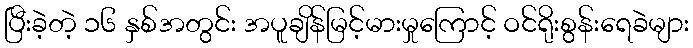
ပြီးခဲ့တဲ့ ၁၆ နှစ်အတွင်း အပူချိန်မြင့်မားမှုကြောင့် ဝင်ရိုးစွန်းရေခဲများ